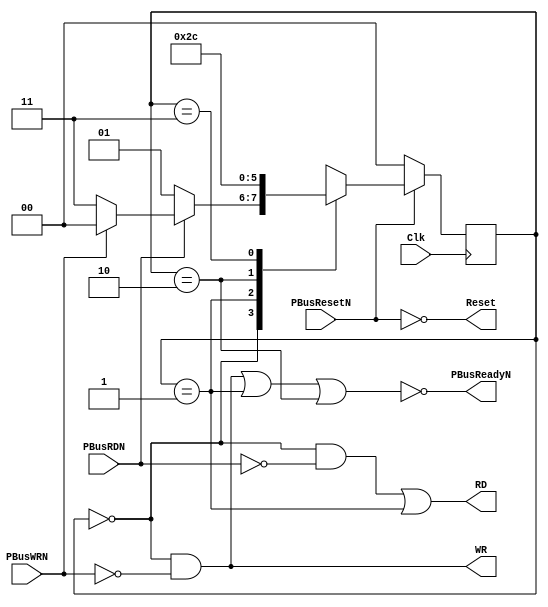
/*
 * $Header: /projects/raw/cvsroot/benchmark/include/vmw/interface/slic/interface-4cycle.v,v 1.2 1997/08/09 05:56:26 jbabb Exp $
 *
 * RAW Benchmark Suite Inteface Verilog
 * 
 *
 * Copyright @ 1997 MIT Laboratory for Computer Science, Cambridge, MA 02129
 */

/*
 * Interface logic to communication between the asynchronous PBus
 * and a synchronous address space (Addr,Data) for the main module.
 *
 * 4 cycle read, 2 cycle write.
 *
 * Note: not compatible with scan I/O because of double read strobe.
 */


module interface (
		  Clk,
		  PBusResetN,
		  PBusRDN,
		  PBusWRN,
		  PBusReadyN,
		  Reset,
		  RD,
		  WR
		  );

   input     Clk;
   input     PBusResetN;
   input     PBusRDN;
   input     PBusWRN;
   output    PBusReadyN;
   output    Reset;
   output    RD;
   output    WR;
   
   reg [1:0] State;
   
/* 
   State machine to conservatively control handshaking:

   2 cycle writes:
    State    0 1
    PBusRDN  x x
    PBusWRN  0 x
    Ready    1 0
    WR       1 0

   4 cycle reads:
    State   0 1 2 3
    PBusRDN 0 x x x
    PBusWRN 1 x x x
    Ready   0 1 1 0
    RD      1 1 0 0

 */

   assign PBusReadyN = !((State==0 && !PBusWRN) || (State==1) || (State==2));
   assign RD         =   (State==0 && !PBusRDN) || (State==1);
   assign WR         =   (State==0 && !PBusWRN);
   assign Reset      = !  PBusResetN;
   
   always @(posedge Clk)
      begin
	 if (!PBusResetN) 
	    State=0; 
	 else
	    case (State)
	      0: if (!PBusRDN) 
		 State=1;
	      else if (!PBusWRN)
		 State=3;
	      else
		 State=0;
	      1: State=2;
	      2: State=3;
	      3: State=0;
	    endcase
      end
endmodule